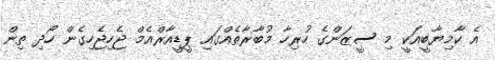
އެ ކާމިޔާބީއަކީ މި ސީޒަންގެ ހުރިހާ މުބާރާތެއްގައި ޕީޑީއާރްއެމް ޖެހިޖެހިގެން ހޯދި ތިން